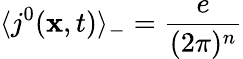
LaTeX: \langle j^{0}({\mathbf x},t)\rangle_{-}=\frac{e}{(2\pi)^{n}}